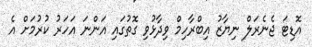
އޮޑިޓަ ޖެނެރަލް ނިޔާޒު އިބްރާހިމް ވިދާޅުވި ގޮތުގައި އަންނަ އަހަރު ކުރުމަށް އެ